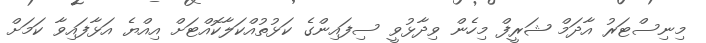
މިނިސްޓަރު އާދަމް ޝަރީފް މިހެން ވިދާޅުވީ ސިފައިންގެ ކަޅުތުއްކަލާކޮއްޓަށް އިއްޔެ އަޅާފައިވާ ކަމަށް